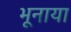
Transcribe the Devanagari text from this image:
भूनाया